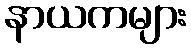
နာယကများ